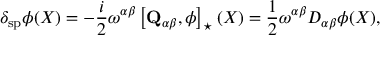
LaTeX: \delta _ { \mathrm { s p } } \phi ( X ) = - \frac { i } { 2 } \omega ^ { \alpha \beta } \left[ \mathbf { Q } _ { \alpha \beta } , \phi \right] _ { \star } ( X ) = \frac { 1 } { 2 } \omega ^ { \alpha \beta } D _ { \alpha \beta } \phi ( X ) ,